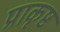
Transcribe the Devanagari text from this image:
प्राकृष्ट